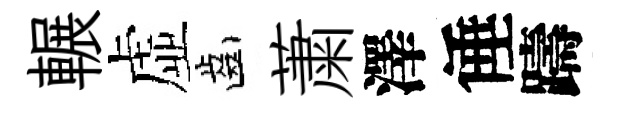
輾虚齒䔥澤倕躊